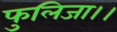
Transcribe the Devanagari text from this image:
फुलिजा।।